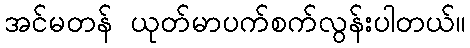
အင်မတန် ယုတ်မာပက်စက်လွန်းပါတယ်။